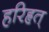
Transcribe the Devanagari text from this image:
हरिहृत्